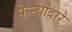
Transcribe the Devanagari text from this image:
फेर्‍यांद्वारे